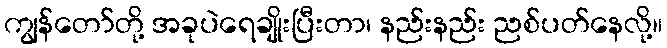
ကျွန်တော်တို့ အခုပဲရေချိုးပြီးတာ၊ နည်းနည်း ညစ်ပတ်နေလို့။